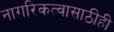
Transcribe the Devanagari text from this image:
नागरिकत्वासाठीही